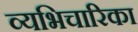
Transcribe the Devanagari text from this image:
व्यभिचारिका